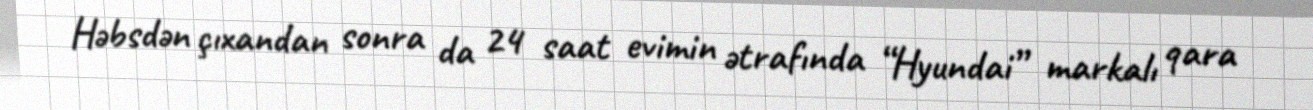
Həbsdən çıxandan sonra da 24 saat evimin ətrafında “Hyundai” markalı qara